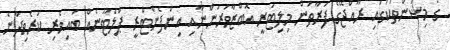
ގެ މިޝަންތަކުގައި ރާއްޖޭގެ ފަރާތުން މިލިޓަރީ އޮބްޒާވަރުންނާއި އިންފެންޓްރީ ޕްލެޓޫނެއް ބައިވެރި ކުރެވިދާނެ